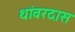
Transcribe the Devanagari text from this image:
थांवरदास